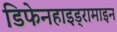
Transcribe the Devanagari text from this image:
डिफेनहाइड्रामाइन